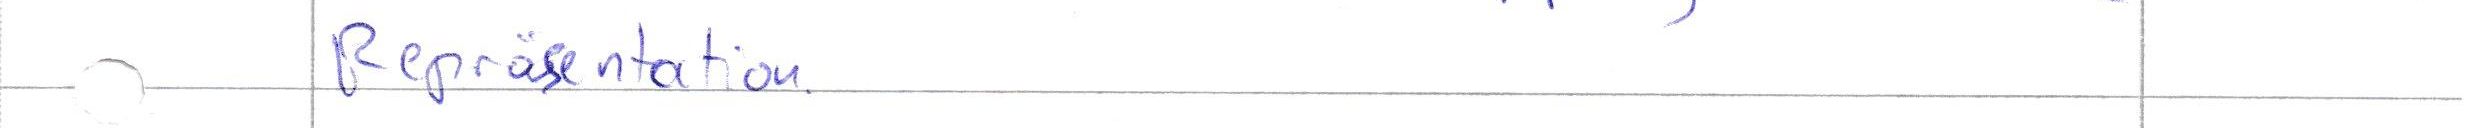
Repräsentation